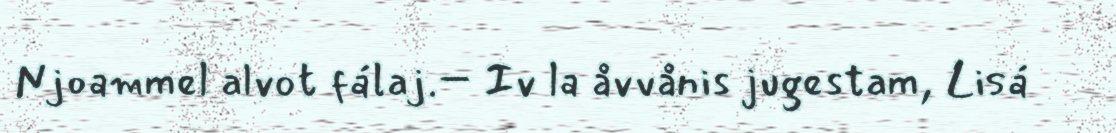
Njoammel alvot fálaj.– Iv la åvvånis jugestam, Lisá